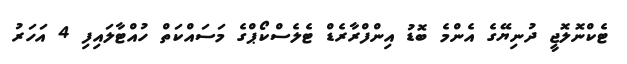
ޓެކްނޮލޮޖީ ދުނިޔޭގެ އެންމެ ބޮޑު އިންފްރާރެޑް ޓެލެސްކޯޕްގެ މަސައްކަތް ހުއްޓާލައިފި 4 އަހަރު